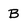
Character: B